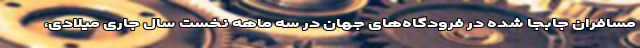
مسافران جابجا شده در فرودگاه‌های جهان در سه ماهه نخست سال جاری میلادی،